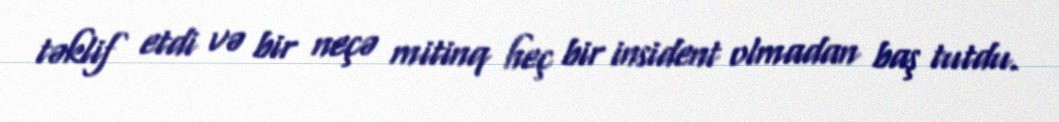
təklif etdi və bir neçə mitinq heç bir insident olmadan baş tutdu.